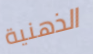
الذهنية